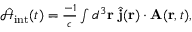
\begin{array} { r } { \hat { \mathcal { H } } _ { \mathrm { i n t } } ( t ) = \frac { - 1 } { c } \int d ^ { 3 } { \bf r } \; \hat { { \bf j } } ( { \bf r } ) \cdot { \bf A } ( { \bf r } , t ) , } \end{array}